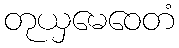
တုယှမေဝေတံ